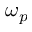
\omega _ { p }